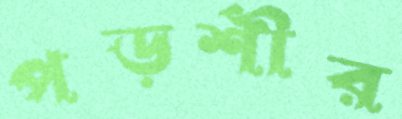
পড়শীর